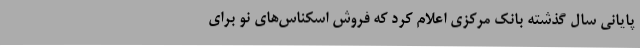
پایانی سال گذشته بانک مرکزی اعلام کرد که فروش اسکناس‌های نو برای